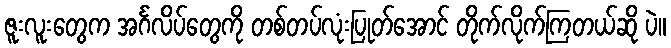
ဇူးလူးတွေက အင်္ဂလိပ်တွေကို တစ်တပ်လုံးပြုတ်အောင် တိုက်လိုက်ကြတယ်ဆို ပဲ။